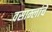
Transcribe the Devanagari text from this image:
वसाम्लांचे